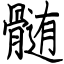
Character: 髄